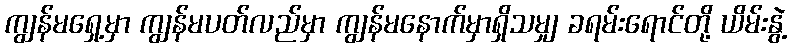
ကျွန်မရှေ့မှာ ကျွန်မပတ်လည်မှာ ကျွန်မနောက်မှာရှိသမျှ ခရမ်းရောင်တို့ ယိမ်းနွဲ့